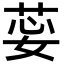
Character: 𦯽